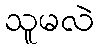
သူမလဲ